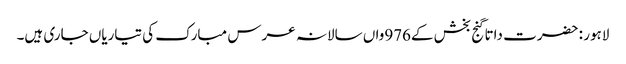
لاہور : حضرت داتا گنج بخش کے976واں سالانہ عرس مبارک کی تیاریاں جاری ہیں۔